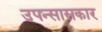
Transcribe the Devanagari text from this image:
उपन्सासकार